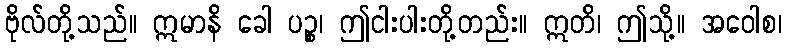
ဗိုလ်တို့သည်။ ဣမာနိ ခေါ ပဉ္စ၊ ဤငါးပါးတို့တည်း။ ဣတိ၊ ဤသို့။ အဝေါစ၊